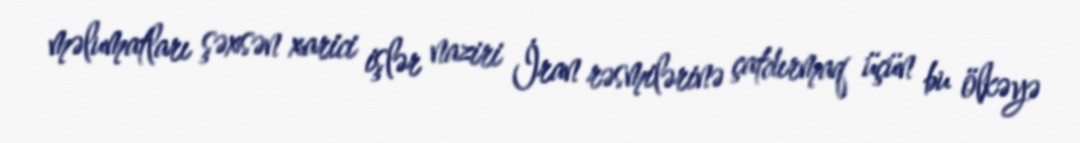
məlumatları şəxsən xarici işlər naziri İran rəsmilərinə çatdırmaq üçün bu ölkəyə